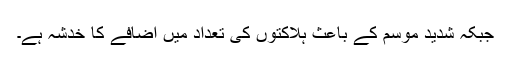
جبکہ شدید موسم کے باعث ہلاکتوں کی تعداد میں اضافے کا خدشہ ہے۔